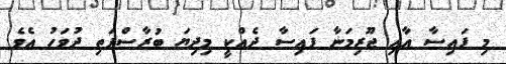
މި ފައިސާ އާއި ޖޫރިމަނާ ފައިސާ ދެއްކީ މިދިޔަ ބުރާސްފަތި ދުވަހު އެވެ.